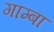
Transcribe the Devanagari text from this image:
गाम्बा